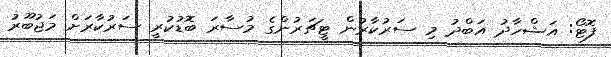
ފޮޓޯ: އަޝްހާދު އަބްދު މި ސަރުކާރުން ޓީޗަރުންގެ މުސާރަ ބޮޑުކުރީ ސަރުކާރަށް މަޖުބޫރު